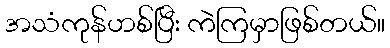
အသံကုန်ဟစ်ပြီး ကဲကြမှာဖြစ်တယ်။